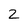
Character: 2